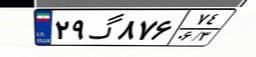
۲۹گ۸۷۶۷۴